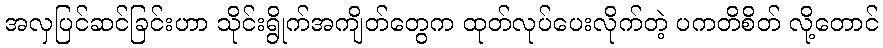
အလှပြင်ဆင်ခြင်းဟာ သိုင်းရွိုက်အကျိတ်တွေက ထုတ်လုပ်ပေးလိုက်တဲ့ ပကတိစိတ် လို့တောင်